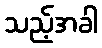
သည့်အခါ